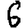
Digit: 6